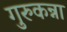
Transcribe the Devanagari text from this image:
गुरुकन्ना